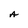
Character: A